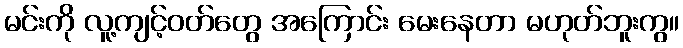
မင်းကို လူ့ကျင့်ဝတ်တွေ အကြောင်း မေးနေတာ မဟုတ်ဘူးကွ။